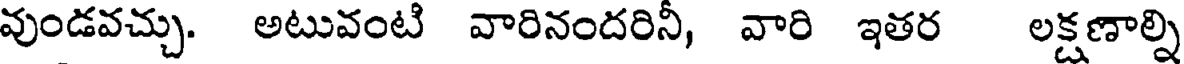
వుండవచ్చు. అటువంటి వారినందరినీ, వారి ఇతర లక్షణాల్ని